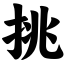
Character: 挑